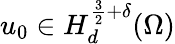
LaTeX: u_{0}\in H_{d}^{\frac{3}{2}+\delta}(\Omega)